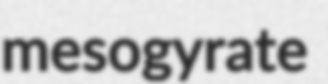
mesogyrate